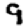
Digit: 9